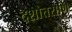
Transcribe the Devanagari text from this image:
दशोत्तराणि